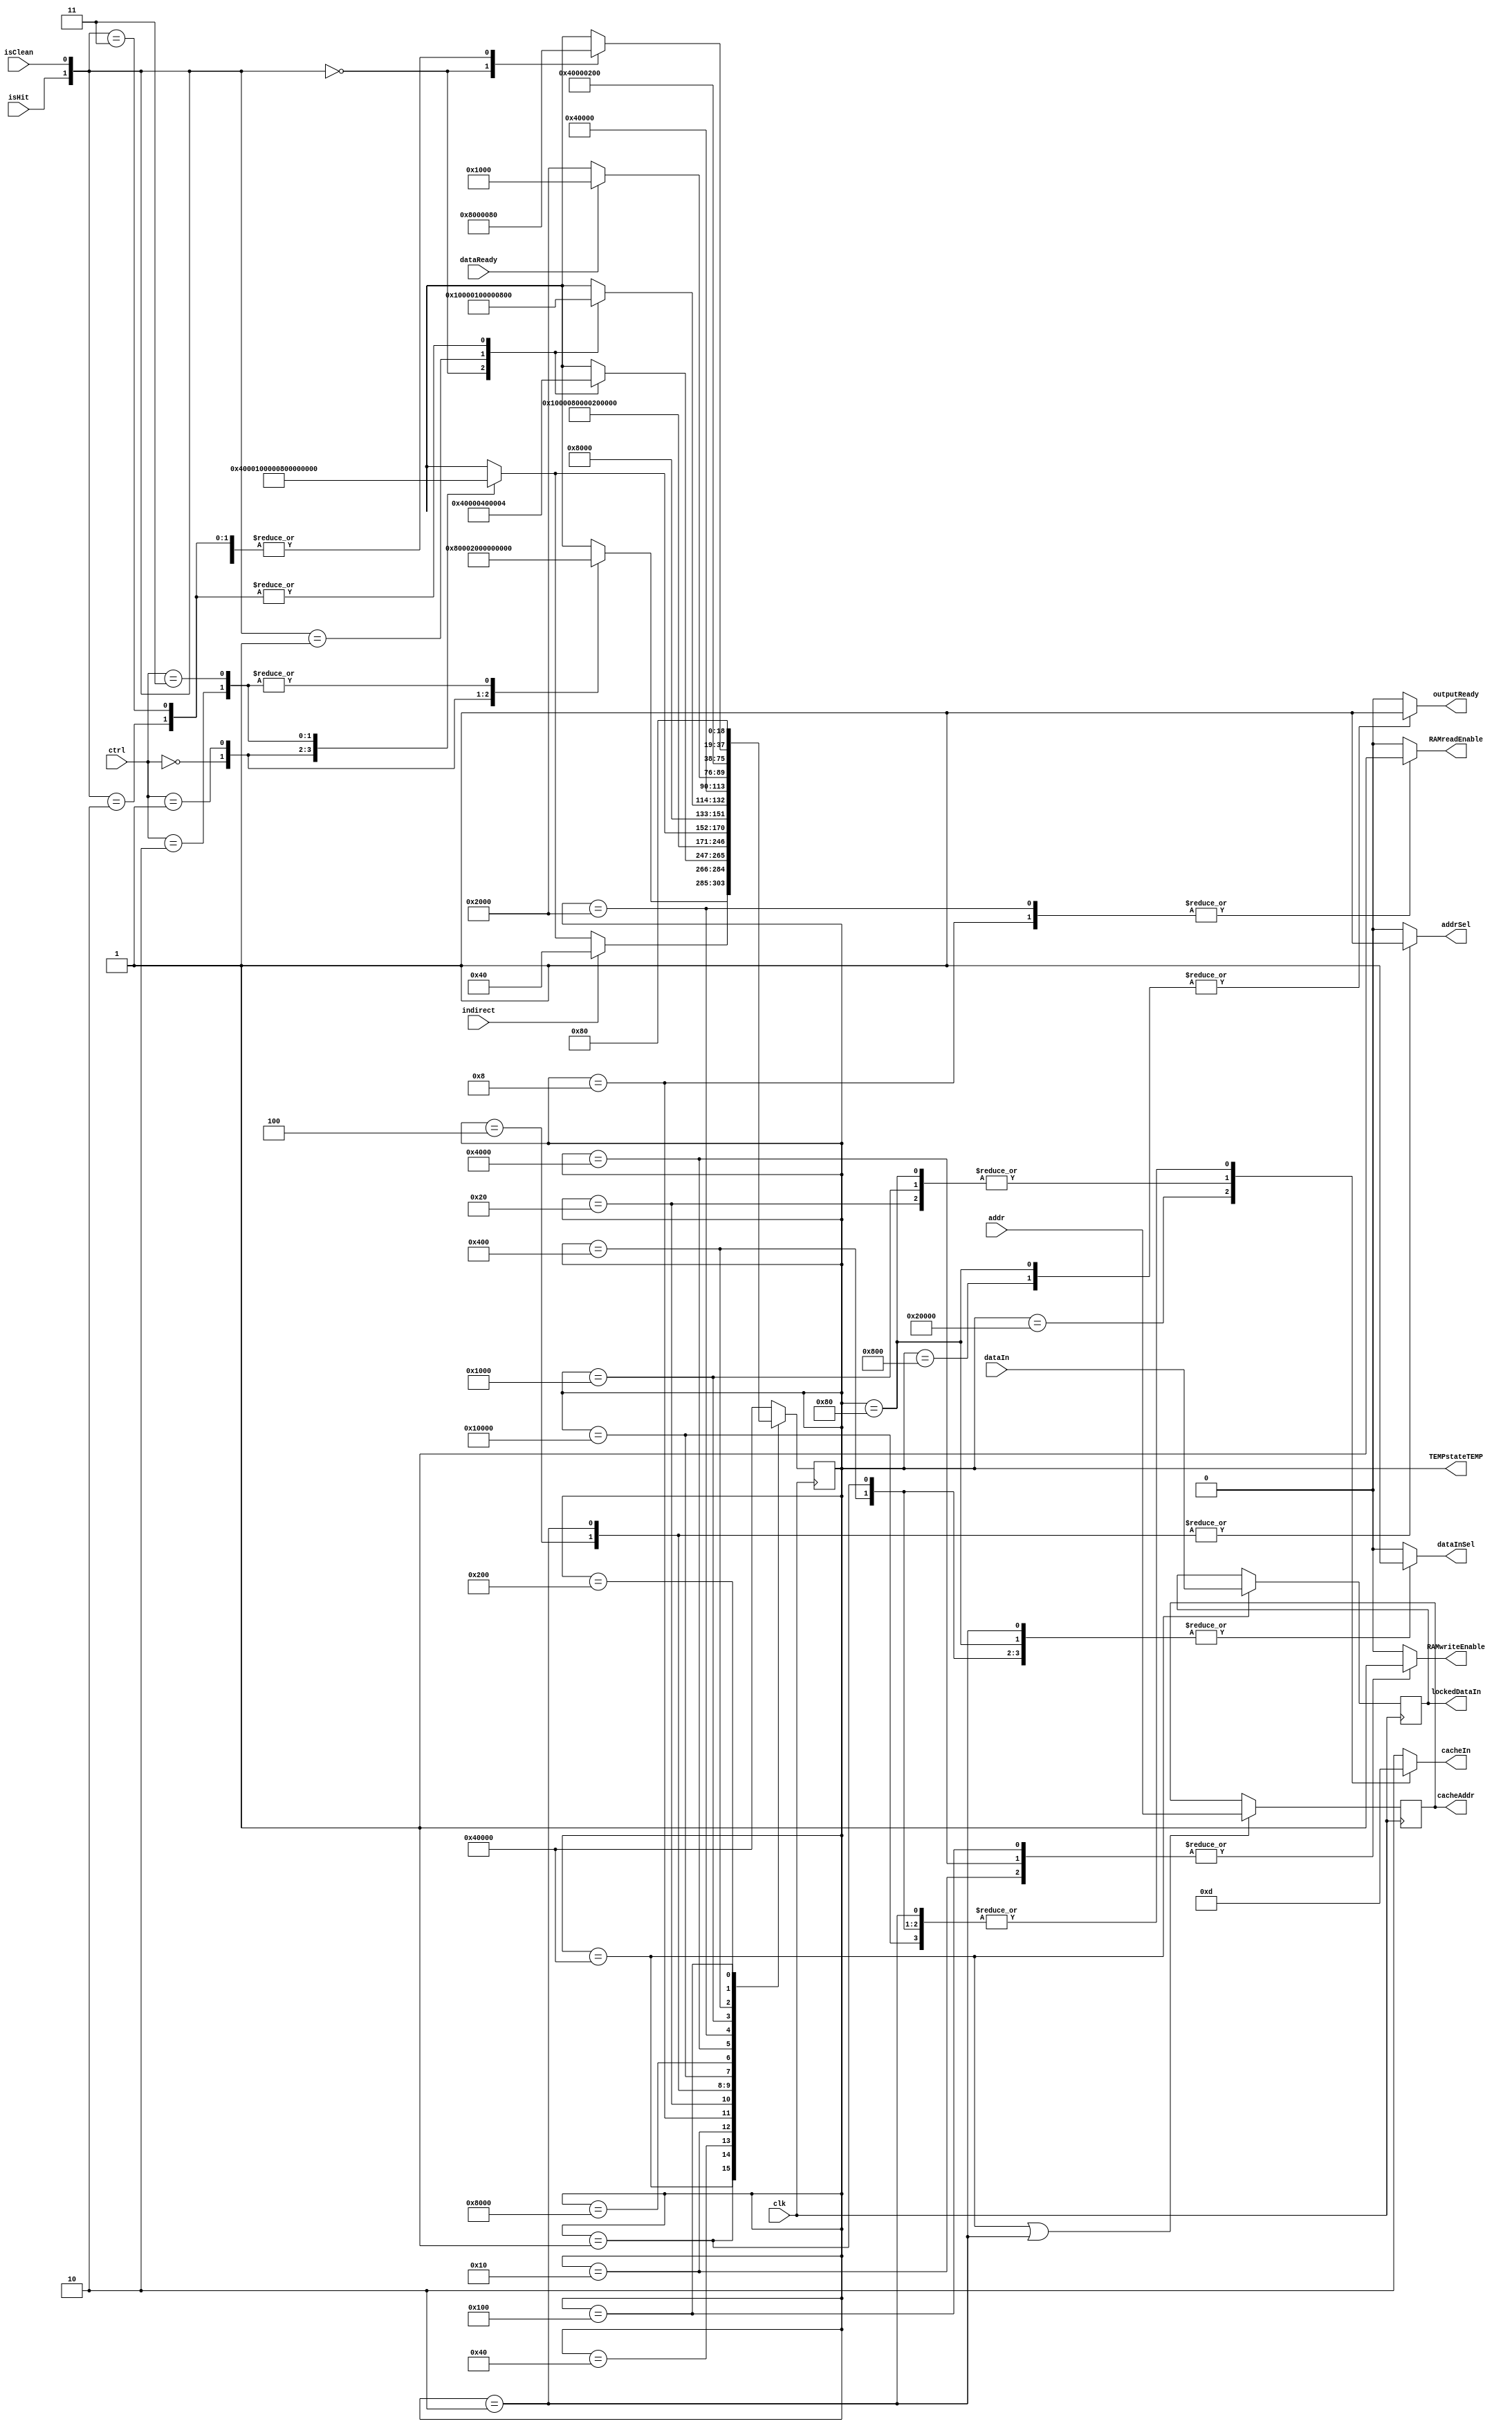
`timescale 1ns / 1ps
//////////////////////////////////////////////////////////////////////////////////
// Company: 
// Engineer: 
// 
// Design Name: 
// Module Name:    CacheController
// Project Name: 
// Target Devices: 
// Tool versions: 
// Description: 
//
// Dependencies: 
//
// Revision: 
// Revision 0.01 - File Created
// Additional Comments: 
//
//////////////////////////////////////////////////////////////////////////////////
module CacheController #(
	parameter ramWidth = 8,
	parameter addrSize = 8)(
    input clk, isClean, isHit, indirect, dataReady,
	input [1:0] ctrl,
	input [addrSize-1:0] addr,
	input [ramWidth-1:0] dataIn,
    output reg dataInSel, RAMreadEnable, RAMwriteEnable, outputReady, addrSel,
    output reg [1:0] cacheIn,
	output reg [18:0] TEMPstateTEMP,
	output reg [addrSize-1:0] cacheAddr,
	output reg [ramWidth-1:0] lockedDataIn);
    
    parameter start            = 19'b1000000000000000000,
              clrState         = 19'b0100000000000000000,
              read             = 19'b0010000000000000000,
              checkReadStatus  = 19'b0001000000000000000,
              r_writeRAM       = 19'b0000100000000000000,
              r_fetchRAM       = 19'b0000010000000000000,
              r_cacheWrite     = 19'b0000001000000000000,
              cacheRead        = 19'b0000000100000000000,
              write            = 19'b0000000010000000000,
              checkWriteStatus = 19'b0000000001000000000,
              w_writeRAM       = 19'b0000000000100000000,
              cacheWrite       = 19'b0000000000010000000,
              indCheckStatus   = 19'b0000000000001000000,
              indWriteCache    = 19'b0000000000000100000,
              indWriteRAM      = 19'b0000000000000010000,
              indReadRAM       = 19'b0000000000000001000,
              indRead          = 19'b0000000000000000100,
			  indirectAddr	   = 19'b0000000000000000010,
              indirectCheck    = 19'b0000000000000000001;


    reg [18:0] currState, nextState;

    always @(currState, isClean, isHit, indirect, ctrl, dataReady) begin
        case(currState)
            start: begin
                case(ctrl)
                    2'b00: nextState = clrState;
					2'b01: nextState = start;
                    2'b10: nextState = indirectCheck;
                    2'b11: nextState = indirectCheck;
					default: nextState = start;
                endcase
			end

            // Check for indirect request
            indirectCheck:
                if(indirect == 1) nextState = indCheckStatus;
                else
                    case(ctrl)
                        2'b00: nextState = clrState;
                        2'b01: nextState = start;
                        2'b10: nextState = read;
                        2'b11: nextState = write;
						default: nextState = start;
                    endcase

            // Perform primary read for indirect read/write, then jump to read
            // or write leg of the state machine for actual indirect
            // read/write.
            indCheckStatus:
                case({isHit,isClean})
                    2'b00: nextState = indWriteRAM;
                    2'b01: nextState = indReadRAM;
                    2'b10: nextState = indRead;
                    2'b11: nextState = indRead;
					default: nextState = start;
                endcase
            indWriteRAM: nextState = indReadRAM;
            indReadRAM: nextState = indWriteCache;
            indWriteCache: nextState = indRead;
            indRead: nextState = indirectAddr;
			indirectAddr:
                case(ctrl)
                    2'b00: nextState = clrState;
                    2'b01: nextState = start;
                    2'b10: nextState = read;
                    2'b11: nextState = write;
					default: nextState = start;
                endcase


            // CACHE CLEAR
            clrState: nextState = start;

            // CACHE READ
            read: nextState = checkReadStatus;
            checkReadStatus:
                case({isHit,isClean})
                    2'b00: nextState = r_writeRAM;
                    2'b01: nextState = r_fetchRAM;
                    2'b10: nextState = cacheRead;
                    2'b11: nextState = cacheRead;
					default: nextState = start;
                endcase
            r_writeRAM: nextState = r_fetchRAM;
            r_fetchRAM:
                if(dataReady == 0) nextState = r_fetchRAM;
			    else nextState = r_cacheWrite;
            r_cacheWrite: nextState = cacheRead;
            cacheRead: nextState = start;
            // CACHE WRITE
            write: nextState = checkWriteStatus;
            checkWriteStatus:begin
                case({isHit,isClean})
                    2'b00: nextState = w_writeRAM;
                    2'b01: nextState = cacheWrite;
                    2'b10: nextState = cacheWrite;
                    2'b11: nextState = cacheWrite;
					default: nextState = start;
                endcase
			end
            w_writeRAM: nextState = cacheWrite;
            cacheWrite: nextState = start;
			default: nextState = start;
        endcase
    end

    always @(posedge clk) begin
		if(currState == start || currState == indirectAddr) 	cacheAddr <= addr;
		else	cacheAddr <= cacheAddr;
		if(currState == start) lockedDataIn <= dataIn;
		else lockedDataIn <= lockedDataIn;
        currState <= nextState;
    end

    always @(currState, addr) begin
        case(currState)
            start: begin
                cacheIn = 2'b10;
                dataInSel = cacheIn[0];
                RAMreadEnable = 1'b0;
                RAMwriteEnable = 1'b0;
				outputReady = 1'b0;
				addrSel = 1'b0;
            end
            clrState: begin
                cacheIn = 2'b00;
                dataInSel = cacheIn[0];
                RAMreadEnable = 1'b0;
                RAMwriteEnable = 1'b0;
				outputReady = 1'b0;
				addrSel = 1'b0;
            end
            indirectCheck: begin
                cacheIn = 2'b01;
                dataInSel = cacheIn[0];
                RAMreadEnable = 1'b0;
                RAMwriteEnable = 1'b0;
				outputReady = 1'b0;
				addrSel = 1'b0;
            end
            read: begin
                cacheIn = 2'b01;
                dataInSel = cacheIn[0];
                RAMreadEnable = 1'b0;
                RAMwriteEnable = 1'b0;
				outputReady = 1'b0;
				addrSel = 1'b0;
            end
            checkReadStatus: begin
                cacheIn = 2'b10;
                dataInSel = cacheIn[0];
                RAMreadEnable = 1'b0;
                RAMwriteEnable = 1'b0;
				outputReady = 1'b0;
				addrSel = 1'b0;
            end
            r_writeRAM: begin
                cacheIn = 2'b10;
                dataInSel = cacheIn[0];
                RAMreadEnable = 1'b0;
                RAMwriteEnable = 1'b1;
				outputReady = 1'b0;
				addrSel = 1'b0;
            end
            r_fetchRAM: begin
                cacheIn = 2'b10;
                dataInSel = cacheIn[0];
                RAMreadEnable = 1'b1;
                RAMwriteEnable = 1'b0;
				outputReady = 1'b0;
				addrSel = 1'b0;
            end
            r_cacheWrite: begin
                cacheIn = 2'b11;
                dataInSel = cacheIn[0];
                RAMreadEnable = 1'b0;
                RAMwriteEnable = 1'b0;
                outputReady = 1'b0;
				addrSel = 1'b0;
            end
            cacheRead: begin
                cacheIn = 2'b10;
                dataInSel = cacheIn[0];
                RAMreadEnable = 1'b0;
                RAMwriteEnable = 1'b0;
				outputReady = 1'b1;
				addrSel = 1'b0;
            end
            write: begin
                cacheIn = 2'b01;
                dataInSel = cacheIn[0];
                RAMreadEnable = 1'b0;
                RAMwriteEnable = 1'b0;
				outputReady = 1'b0;
				addrSel = 1'b0;
            end
            checkWriteStatus: begin
                cacheIn = 2'b10;
                dataInSel = cacheIn[0];
                RAMreadEnable = 1'b0;
                RAMwriteEnable = 1'b0;
				outputReady = 1'b0;
				addrSel = 1'b0;
            end
            w_writeRAM: begin
                cacheIn = 2'b10;
                dataInSel = cacheIn[0];
                RAMreadEnable = 1'b0;
                RAMwriteEnable = 1'b1;
				outputReady = 1'b0;
				addrSel = 1'b0;
            end
            cacheWrite: begin
                cacheIn = 2'b11;
                dataInSel = cacheIn[0];
                RAMreadEnable = 1'b0;
                RAMwriteEnable = 1'b0;
				outputReady = 1'b1;
				addrSel = 1'b0;
            end
            indCheckStatus: begin
                cacheIn = 2'b10;
                dataInSel = cacheIn[0];
                RAMreadEnable = 1'b0;
                RAMwriteEnable = 1'b0;
				outputReady = 1'b0;
				addrSel = 1'b0;
            end
            indWriteRAM: begin
                cacheIn = 2'b10;
                dataInSel = cacheIn[0];
                RAMreadEnable = 1'b0;
                RAMwriteEnable = 1'b1;
				outputReady = 1'b0;
				addrSel = 1'b0;
            end
            indReadRAM: begin
                cacheIn = 2'b10;
                dataInSel = cacheIn[0];
                RAMreadEnable = 1'b1;
                RAMwriteEnable = 1'b0;
				outputReady = 1'b0;
				addrSel = 1'b0;
            end
            indWriteCache: begin
                cacheIn = 2'b11;
                dataInSel = cacheIn[0];
                RAMreadEnable = 1'b0;
                RAMwriteEnable = 1'b0;
                outputReady = 1'b0;
				addrSel = 1'b0;
            end
            indRead: begin
                cacheIn = 2'b10;
                dataInSel = cacheIn[0];
                RAMreadEnable = 1'b0;
                RAMwriteEnable = 1'b0;
				outputReady = 1'b0;
				addrSel = 1'b1;

            end
			indirectAddr: begin
				cacheIn = 2'b01;
                dataInSel = cacheIn[0];
                RAMreadEnable = 1'b0;
                RAMwriteEnable = 1'b0;
				outputReady = 1'b0;
				addrSel = 1'b1;
			end
            default: begin
                cacheIn = 2'b10;
                dataInSel = cacheIn[0];
                RAMreadEnable = 1'b0;
                RAMwriteEnable = 1'b0;
				outputReady = 1'b0;
				addrSel = 1'b0;
            end
        endcase
		TEMPstateTEMP = currState;
    end
endmodule